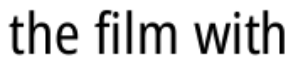
the film with